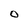
Character: O